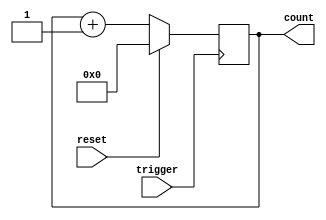
module counter(
    input trigger,
    input reset,
    output reg [7:0] count
);

always @(posedge trigger) begin
    if (reset) 
        count <= 8'b00000000;
    else
        count <= count + 1;
end

endmodule